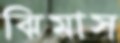
ঝিমাস